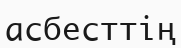
асбесттің